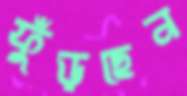
ফুঁড়ছেন